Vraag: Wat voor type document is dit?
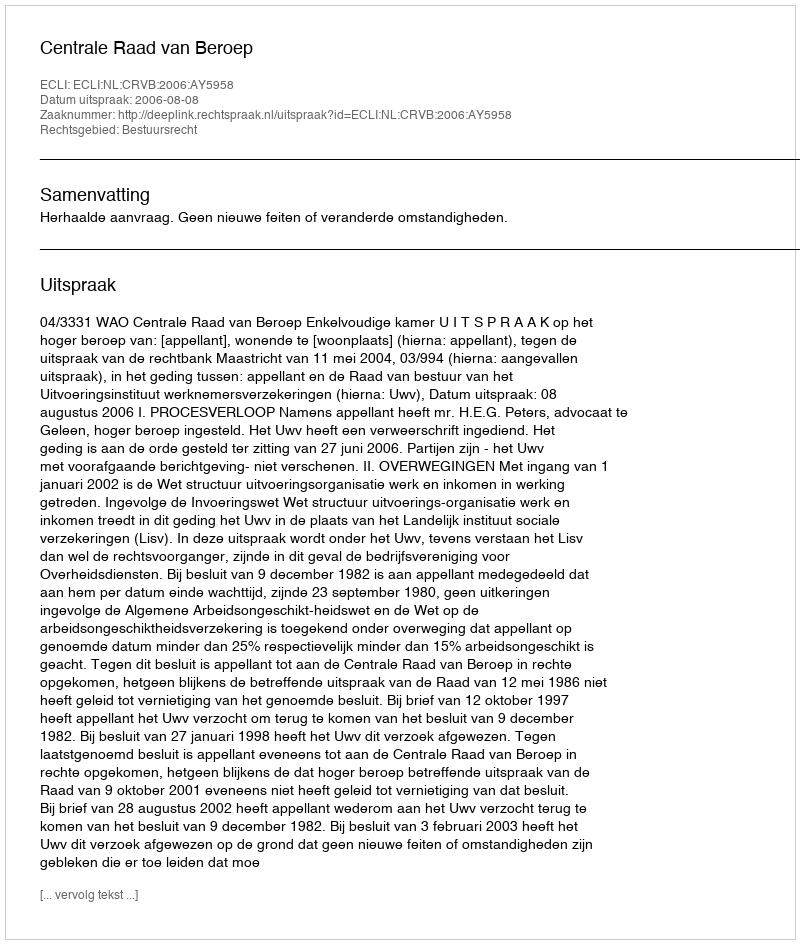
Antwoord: Uitspraak